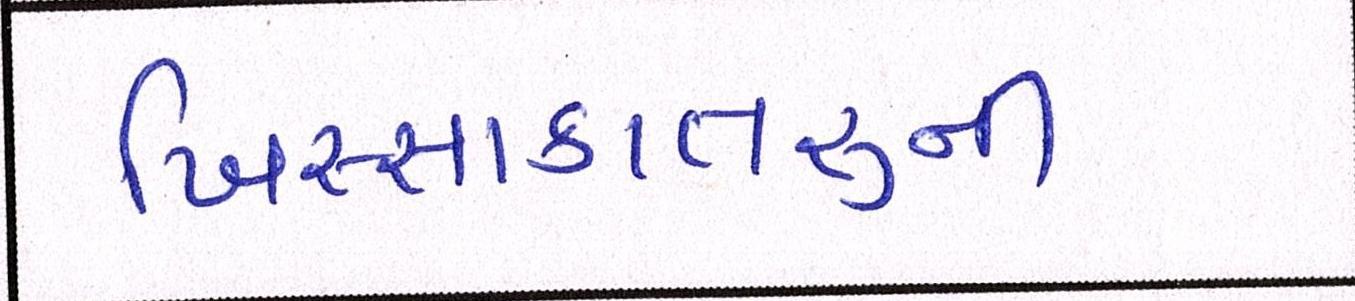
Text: ખિસ્સાકાતરુની